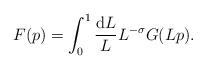
LaTeX: \begin{align*}F(p)=\int_0^1\frac{{\rm d}L}L L^{-\sigma}G(Lp).\end{align*}